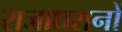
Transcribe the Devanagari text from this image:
राजाघरानों